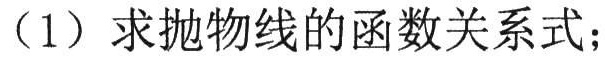
（1）求抛物线的函数关系式；